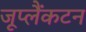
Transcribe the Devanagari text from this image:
जूप्लैंकटन